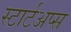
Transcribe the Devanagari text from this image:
स्टार्टअप्स